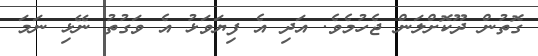
ގޮތުން ދޫކޮށްލަން ޖެހުމެވެ. އަދި އެ ފިޔަވަޅު އެ ވަގުތު ނޭޅި ނަމަ